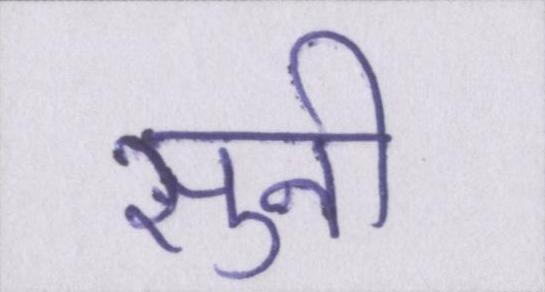
सुनी